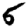
Digit: 5